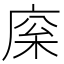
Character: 庺